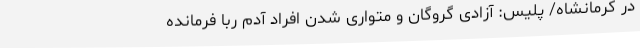
در کرمانشاه/ پلیس: آزادی گروگان و متواری شدن افراد آدم ربا فرمانده